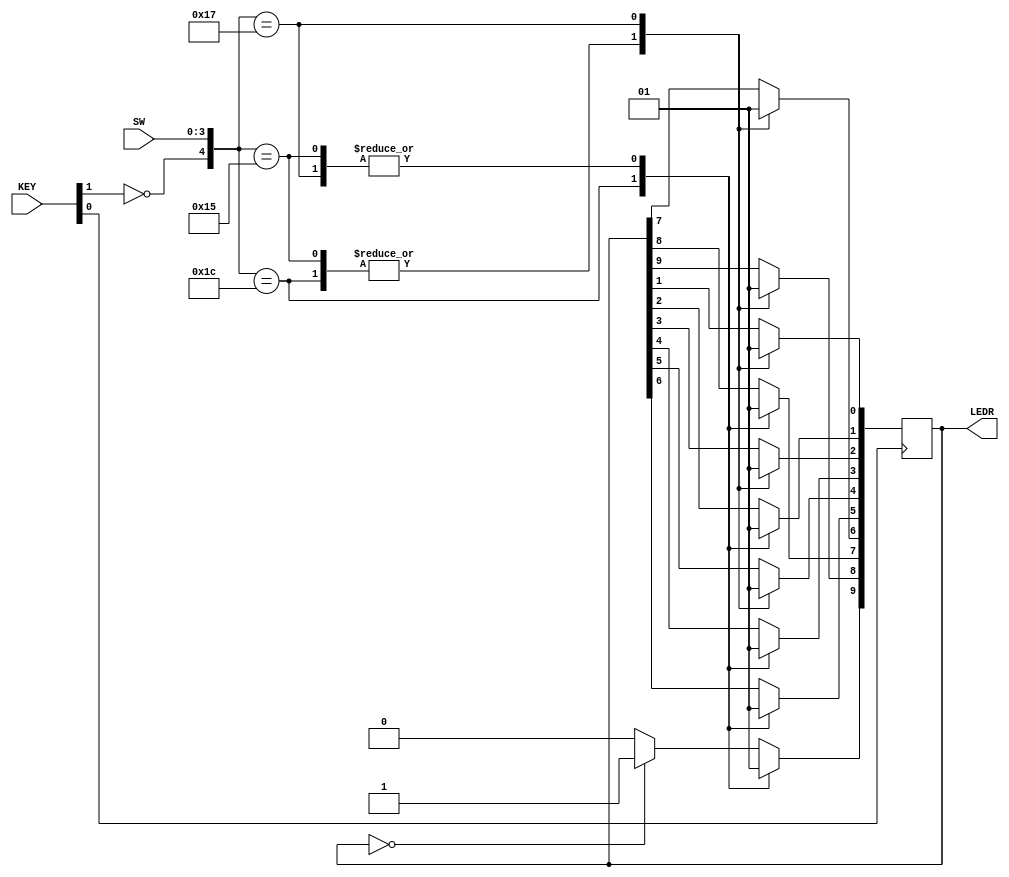
`timescale 1ps/1ps 
module lab4(
	input [1:0]	KEY,
	input [3:0] SW,
	output reg [9:0] LEDR
);

always @(posedge ~KEY[0]) begin
	if (LEDR == 10'b0000000000) begin
		LEDR[9] <= #1 1'b1;
	end
	else begin
		LEDR[9] <= #1 1'b0;
	end
	
	LEDR[8] <= #1 LEDR[9];
	LEDR[7] <= #1 LEDR[8];
	LEDR[6] <= #1 LEDR[7];
	LEDR[5] <= #1 LEDR[6];
	LEDR[4] <= #1 LEDR[5];
	LEDR[3] <= #1 LEDR[4];
	LEDR[2] <= #1 LEDR[3];
	LEDR[1] <= #1 LEDR[2];
	LEDR[0] <= #1 LEDR[1];
	
	case({~KEY[1], SW})
		// SW[3:0] = 1100 turns off LED's
		5'b11100: LEDR <= #1 10'b0000000000;
		// SW[3:0] = 0101 alternate LED's
		5'b10101: LEDR <= #1 10'b1010101010;
		// SW[3:0] = 0111 turns on LED's
		5'b10111: LEDR <= #1 10'b1111111111;
	endcase
end


endmodule